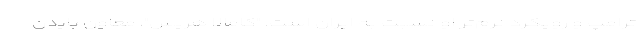
ترامپ و رویکرد نرم‌تر او نسبت به ایران است. "كامالا هریس"، معاون بایدن